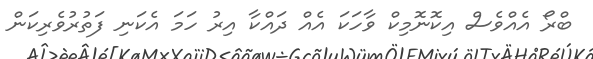
ބްރޯ އެއްވެސް އިކޮނޮމިކް ވާހަކަ އެއް ދައްކާ އިރު ހަމަ އެކަނި ފަތުރުވެރިކަން